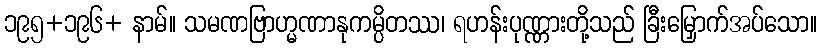
၁၉၅+၁၉၆+ နာမ်။ သမဏဗြာဟ္မဏာနုကမ္ပိတဿ၊ ရဟန်းပုဏ္ဏားတို့သည် ခြီးမြှောက်အပ်သော။